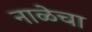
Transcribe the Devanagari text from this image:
नाळेचा